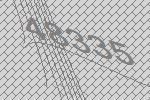
48335